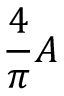
{ \frac { 4 } { \pi } } A \,